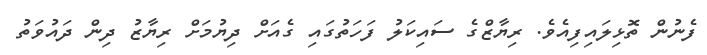
ފެނުން ތޮޅިލައިފިއެވެ. ރިޔާޒްގެ ސައިކަލު ފަހަތުގައި ގެއަށް ދިޔުމަށް ރިޔާޒު ދިން ދައުވަތު